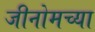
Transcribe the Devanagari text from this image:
जीनोमच्या